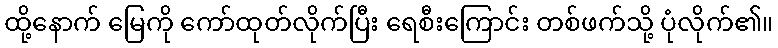
ထို့နောက် မြေကို ကော်ထုတ်လိုက်ပြီး ရေစီးကြောင်း တစ်ဖက်သို့ ပုံလိုက်၏။